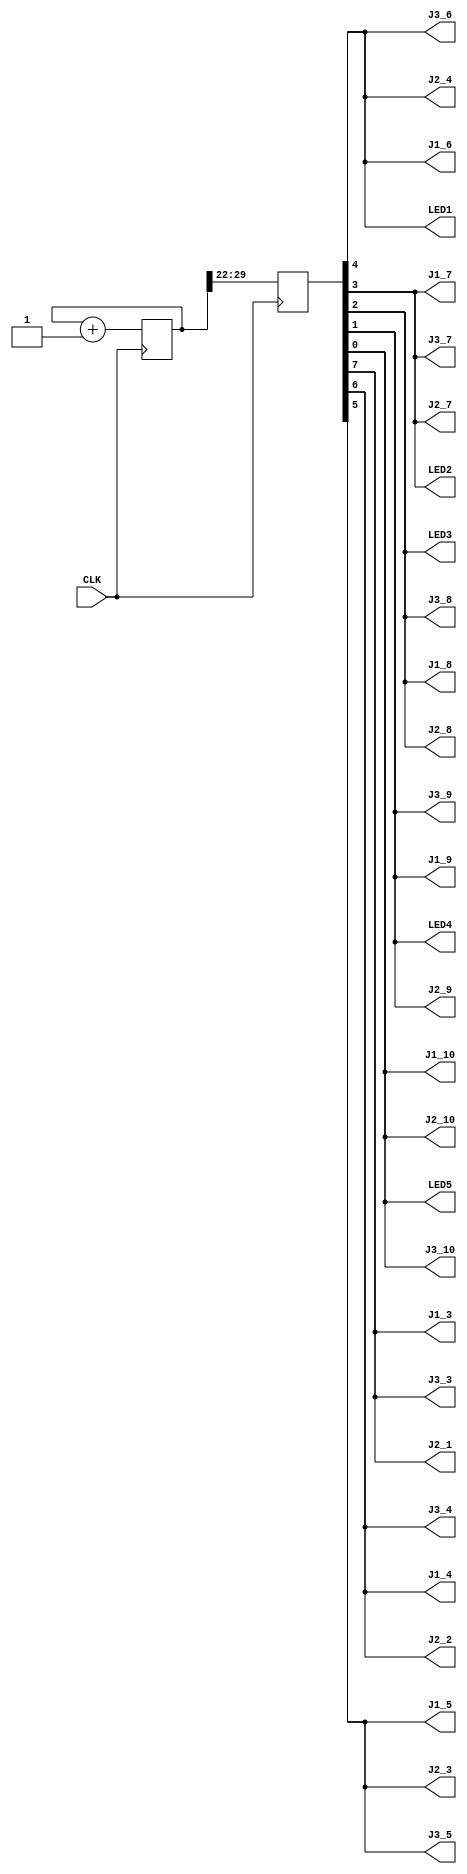
// Lattice iCEstick (iCE40HX1K)
// October 2023
// Muthanna Alwahash

module led_count
(
  // 12MHz onboard oscilator 
  input  CLK,

  // All pins of J1, J2, J3, and LEDs are set as output
  output LED1, LED2, LED3, LED4, LED5,
  output J1_3, J1_4, J1_5, J1_6, J1_7, J1_8, J1_9, J1_10,
  output J2_1, J2_2, J2_3, J2_4, J2_7, J2_8, J2_9, J2_10,
  output J3_3, J3_4, J3_5, J3_6, J3_7, J3_8, J3_9, J3_10
  
);

  localparam bits = 8;  // number of bits that you would like to toggle
  localparam div  = 22; // delay of toggle in number of divider bits

  reg [ bits+div-1:0] counter = 0;
  reg [ bits-1:0]     out;

  always @(posedge CLK) begin
    counter <= counter + 1;
    out     <= (counter >> div);  // take MSB "bits" from counter
  end

  assign { LED1, LED2, LED3, LED4, LED5 } = out;
  assign { J1_3, J1_4, J1_5, J1_6, J1_7, J1_8, J1_9, J1_10 } = out;
  assign { J2_1, J2_2, J2_3, J2_4, J2_7, J2_8, J2_9, J2_10 } = out;
  assign { J3_3, J3_4, J3_5, J3_6, J3_7, J3_8, J3_9, J3_10 } = out;

endmodule